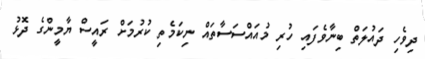
ދިވެހި ދައުލަތް ބިނާވެފައި ހުރި މުއައްސަސާތައް ނިކަމެތި ކުރުމަށް ރައީސް ޔާމީންގެ ދޮޅު